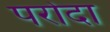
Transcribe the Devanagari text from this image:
परोदा